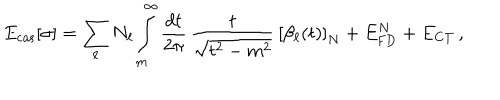
E _ { \mathrm { c a s } } [ \sigma ] = \sum _ { \ell } N _ { \ell } \int _ { m } ^ { \infty } \frac { d t } { 2 \pi } \, \frac { t } { \sqrt { t ^ { 2 } - m ^ { 2 } } } \, \left[ \beta _ { \ell } ( t ) \right] _ { N } + E _ { \mathrm { F D } } ^ { N } + E _ { \mathrm { C T } } \, ,